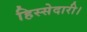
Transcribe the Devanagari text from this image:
हिस्सेदारी।